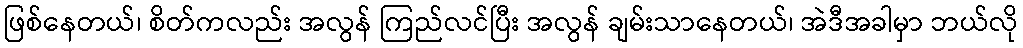
ဖြစ်နေတယ်၊ စိတ်ကလည်း အလွန် ကြည်လင်ပြီး အလွန် ချမ်းသာနေတယ်၊ အဲဒီအခါမှာ ဘယ်လို